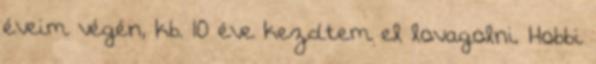
éveim végén, kb. 10 éve kezdtem el lovagolni. Hobbi